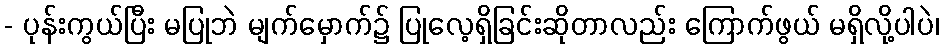
- ပုန်းကွယ်ပြီး မပြုဘဲ မျက်မှောက်၌ ပြုလေ့ရှိခြင်းဆိုတာလည်း ကြောက်ဖွယ် မရှိလို့ပါပဲ၊